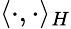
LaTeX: \langle\cdot,\cdot\rangle_{H}